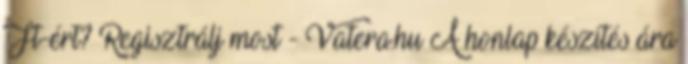
Ft-ért? Regisztrálj most - Vatera.hu A honlap készítés ára